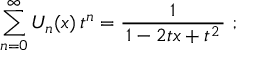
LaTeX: \sum _ { n = 0 } ^ { \infty } U _ { n } ( x ) \, t ^ { n } = { \frac { 1 } { \, 1 - 2 t x + t ^ { 2 } \, } } ~ ;